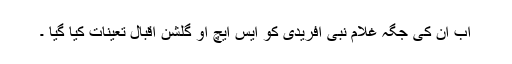
اب ان کی جگہ غلام نبی آفریدی کو ایس ایچ او گلشن اقبال تعینات کیا گیا ۔